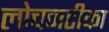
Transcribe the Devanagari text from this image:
लोचनटीका